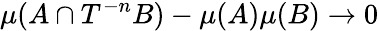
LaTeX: \mu(A\cap T^{-n}B)-\mu(A)\mu(B)\to 0